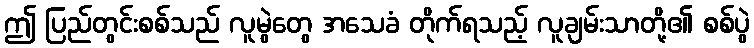
ဤ ပြည်တွင်းစစ်သည် လူမွဲတွေ အသေခံ တိုက်ရသည့် လူချမ်းသာတို့၏ စစ်ပွဲ